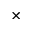
\times